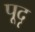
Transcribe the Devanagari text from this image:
पूदृ